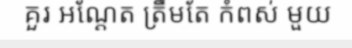
គួរ អណ្តែត ត្រឹមតែ កំពស់ មួយ